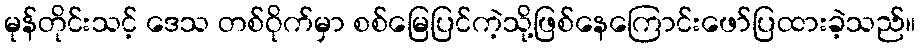
မုန်တိုင်းသင့် ဒေသ တစ်ဝိုက်မှာ စစ်မြေပြင်ကဲ့သို့ဖြစ်နေကြောင်းဖော်ပြထားခဲ့သည်။